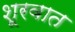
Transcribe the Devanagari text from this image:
शूरवात